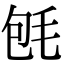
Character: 𣭀